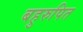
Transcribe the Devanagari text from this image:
बहुरुपित